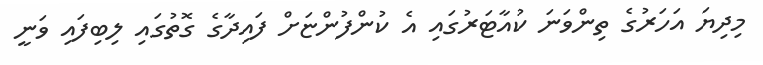
މިދިޔަ އަހަރުގެ ތިންވަނަ ކުއާޓަރުގައި އެ ކުންފުންޏަށް ފައިދާގެ ގޮތުގައި ލިބިފައި ވަނީ